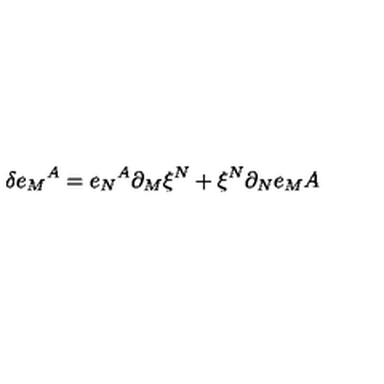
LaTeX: \delta e _ { M } { } ^ { A } = e _ { N } { } ^ { A } \partial _ { M } \xi ^ { N } + \xi ^ { N } \partial _ { N } e _ { M } { A }